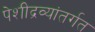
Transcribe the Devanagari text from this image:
पेशीद्रव्यांतर्गत